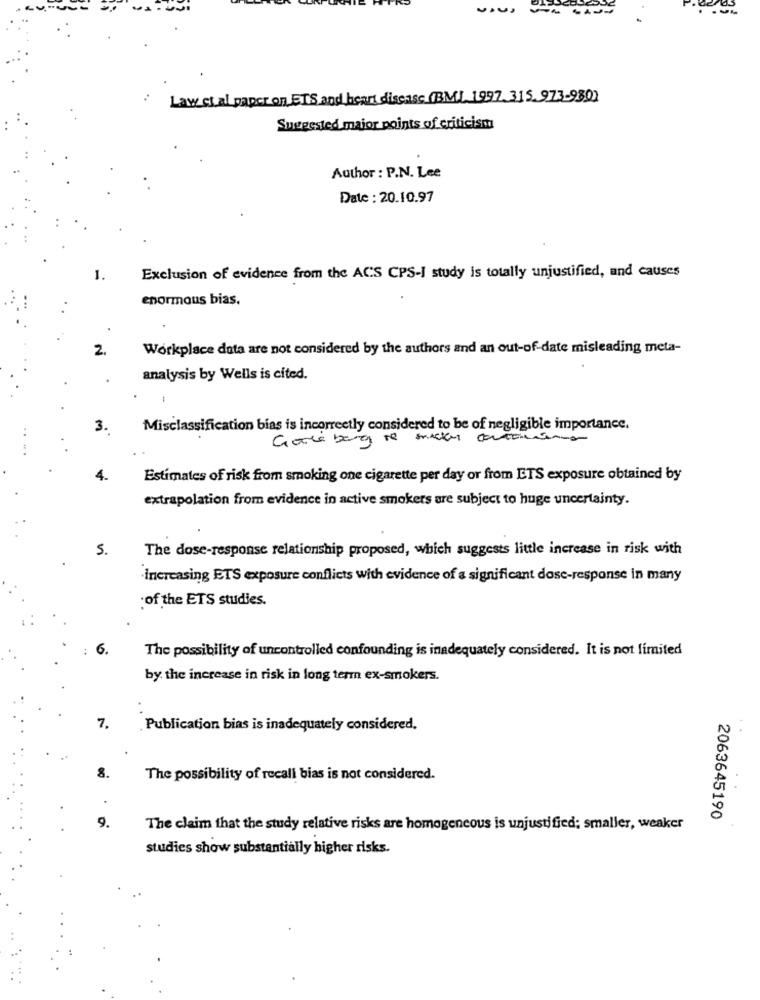
-- ---
Law et al paper on ETS and heart disease (BMI 1997.315. 973-980)
Suggested maior points of criticism
Author : P.N. Lee
Date : 20.10.97
1.
Exclusion of evidence from the ACS CPS-I study is totally unjustified, and causes
enormous bias.
2.
Workplace data are not considered by the authors and an out-of-date misleading meta-
analysis by Wells is cited.
3.
Misclassification bias is incorrectly considered to be of negligible importance.
Estimates of risk from smoking one cigarette per day or from ETS exposure obtained by
extrapolation from evidence in active smokers are subject to huge uncertainty.
5.
The dose-response relationship proposed, which suggests little increase in risk with
increasing ETS exposure conflicts with evidence of a significant dose-response in many
:of the ETS studies.
6.
The possibility of uncontrolled confounding is inadequately considered. It is not limited
by the increase in risk in long term ex-smokers.
7.
Publication bias is inadequately considered.
The possibility of recall bias is not considered.
9.
2063645190
The claim that the study relative risks are homogeneous is unjustified; smaller, weaker
studies show substantially higher risks.